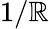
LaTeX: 1/\mathbb{R}